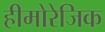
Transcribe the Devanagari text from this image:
हीमोरेजिक